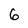
Character: 6